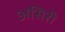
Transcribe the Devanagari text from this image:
असिरी